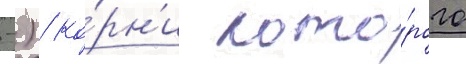
-) / ко́рн'и кото́рого